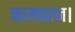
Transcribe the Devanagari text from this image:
कामकाज।